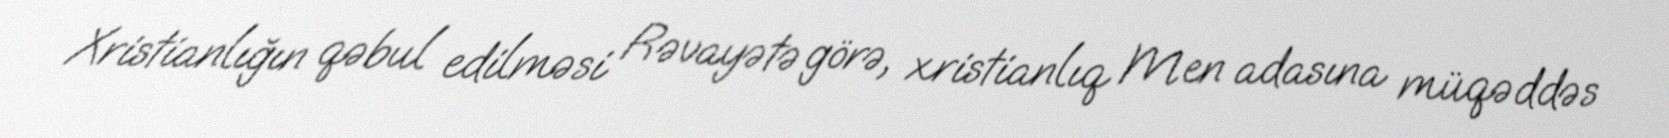
Xristianlığın qəbul edilməsi Rəvayətə görə, xristianlıq Men adasına müqəddəs